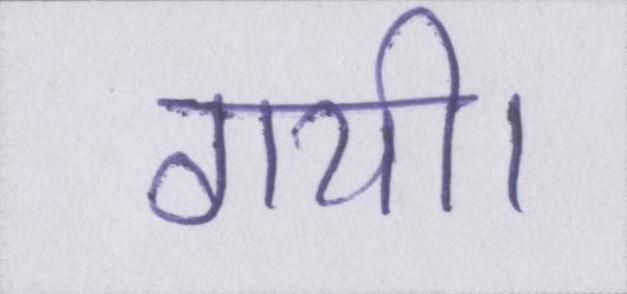
गयी।